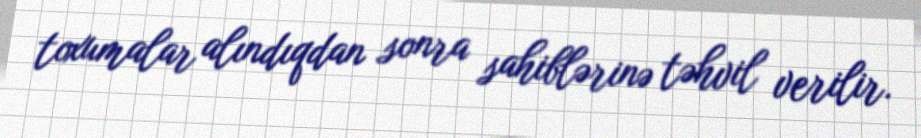
toxumalar alındıqdan sonra sahiblərinə təhvil verilir.